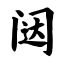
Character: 闼